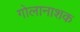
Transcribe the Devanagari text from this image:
गोलानाशक